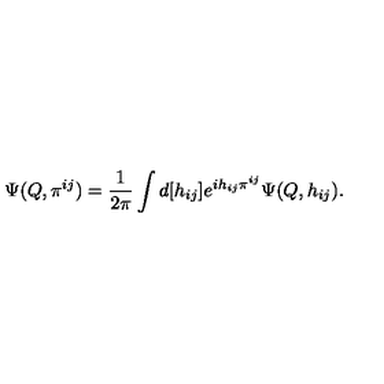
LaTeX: \Psi ( Q , \pi ^ { i j } ) = \frac { 1 } { 2 \pi } \int d [ h _ { i j } ] e ^ { i h _ { i j } \pi ^ { i j } } \Psi ( Q , h _ { i j } ) .